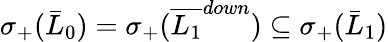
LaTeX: \sigma_{+}(\bar{L}_{0})=\sigma_{+}(\overline{{L_{1}}}^{down})\subseteq\sigma_{+}(\bar{L}_{1})